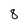
Character: 8